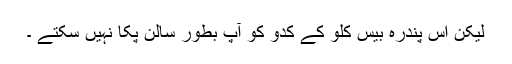
لیکن اس پندرہ بیس کلو کے کدو کو آپ بطورِ سالن پکا نہیں سکتے ۔